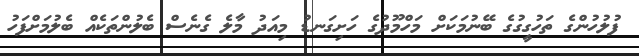
ފުލުހުންގެ ތަހުގީގުގެ ބޭނުމަކަށް މަހްމޫދުގެ ހަށިގަނޑު މިއަދު މާލެ ގެނެސް ބެލުންތަކެއް ބެލުމަށްފަހު